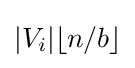
|V_{i}|\lfloor n/b\rfloor